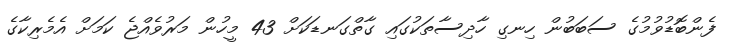
ފެންބޮޑުވުމުގެ ސަބަބުން ހިނގި ހާދިސާތަކުގައި ގާތްގަނޑަކަށް 43 މީހުން މަރުވެއްޖެ ކަމަށް އެމެރިކާގެ